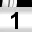
Digit: 1